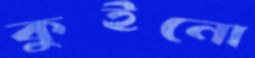
কুইনো